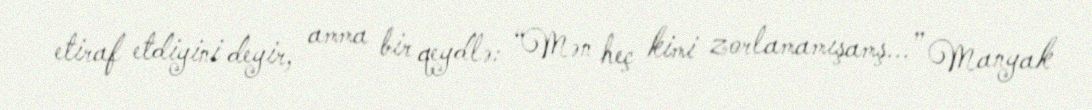
etiraf etdiyini deyir, amma bir qeydlə: “Mən heç kimi zorlamamışamş...” Manyak